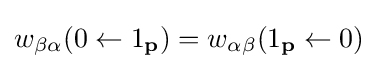
w_{\beta \alpha }(0\leftarrow 1_{\mathbf {p} })=w_{\alpha \beta }(1_{\mathbf {p} }\leftarrow 0)